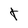
Character: t